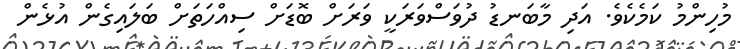
މުހިންމު ކަމެކެވެ. އަދި މާބަނޑު ދުވަސްވަރަކީ ވަރަށް ބޮޑަށް ސިއްހަތަށް ބަލައިގެން އުޅެން